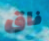
فاق